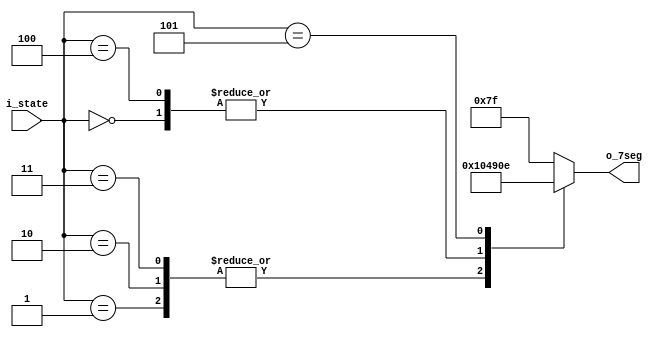
module state_decoder(
    i_state,
    o_7seg
);

    input [2:0] i_state;

    output reg [6:0] o_7seg;

    always @ (i_state) begin
        case (i_state)
            3'b000: o_7seg = 7'b0010010;
            3'b001: o_7seg = 7'b1000001;
            3'b010: o_7seg = 7'b1000001;
            3'b011: o_7seg = 7'b1000001;
            3'b100: o_7seg = 7'b0010010;
            3'b101: o_7seg = 7'b0001110;
            default: o_7seg = 7'b1111111;
        endcase
    end

endmodule